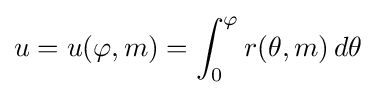
u=u(\varphi ,m)=\int _{0}^{\varphi }r(\theta ,m)\,d\theta